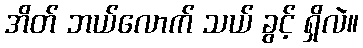
အိတ် ဘယ်လောက် သယ် ခွင့် ရှိလဲ။